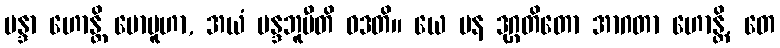
မန္ဒာ ဟောန္တိ မောမူဟာ, အယံ မန္ဒဘူမီတိ ဝဒတိ။ ယေ ပန ဒုဂ္ဂတိတော အာဂတာ ဟောန္တိ, တေ